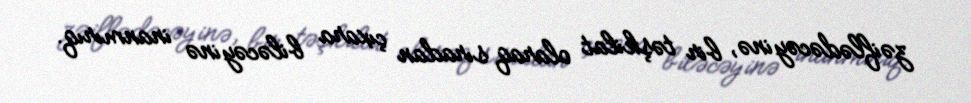
zəiflədəcəyinə, bir təşkilat olaraq sıradan çıxara biləcəyinə inanmırıq.